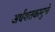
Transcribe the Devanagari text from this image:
अर्धशतकामुळे